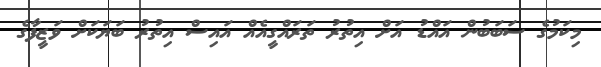
މިކަމުގެ ސަބަބުން އައްޑު އަށް އިތުރު ތަރައްގީއެއް އައިސް އިތުރު ބަޔަކަށް ވަޒީފާގެ